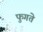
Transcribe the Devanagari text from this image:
फुगते